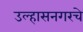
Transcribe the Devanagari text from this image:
उल्हासनगरचे